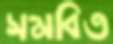
সমবিত